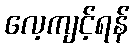
လေ့ကျင့်ရန်